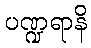
ပဏ္ဍရာနိ